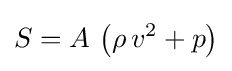
S=A\,\left(\rho \,v^{2}+p\right)